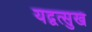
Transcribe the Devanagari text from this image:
यद्वत्सुखं